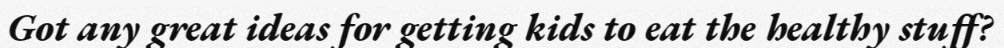
Got any great ideas for getting kids to eat the healthy stuff?